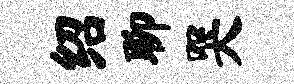
绍聊哭